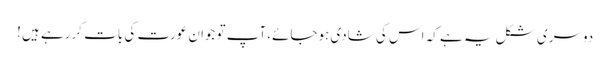
دوسری شکل یہ ہے کہ اس کی شادی ہوجائے،آپ تو جوان عورت کی بات کررہے ہیں !